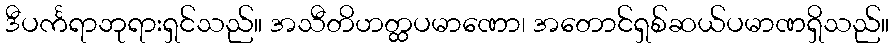
ဒီပင်္ကရာဘုရားရှင်သည်။ အသီတိဟတ္ထပမာဏော၊ အတောင်ရှစ်ဆယ်ပမာဏရှိသည်။